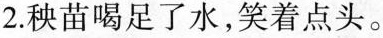
2.秧苗喝足了水，笑着点头。